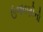
ઉજવણીનો